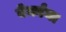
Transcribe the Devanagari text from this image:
वेर्काना